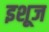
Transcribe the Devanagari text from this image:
इशूज